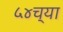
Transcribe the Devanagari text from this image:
५४च्या